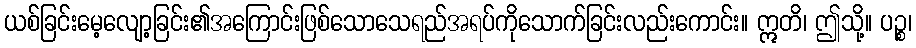
ယစ်ခြင်းမေ့လျော့ခြင်း၏အကြောင်းဖြစ်သောသေရည်အရပ်ကိုသောက်ခြင်းလည်းကောင်း။ ဣတိ၊ ဤသို့။ ပဉ္စ၊